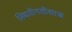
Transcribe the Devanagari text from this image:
स्थितीगतीशास्त्र